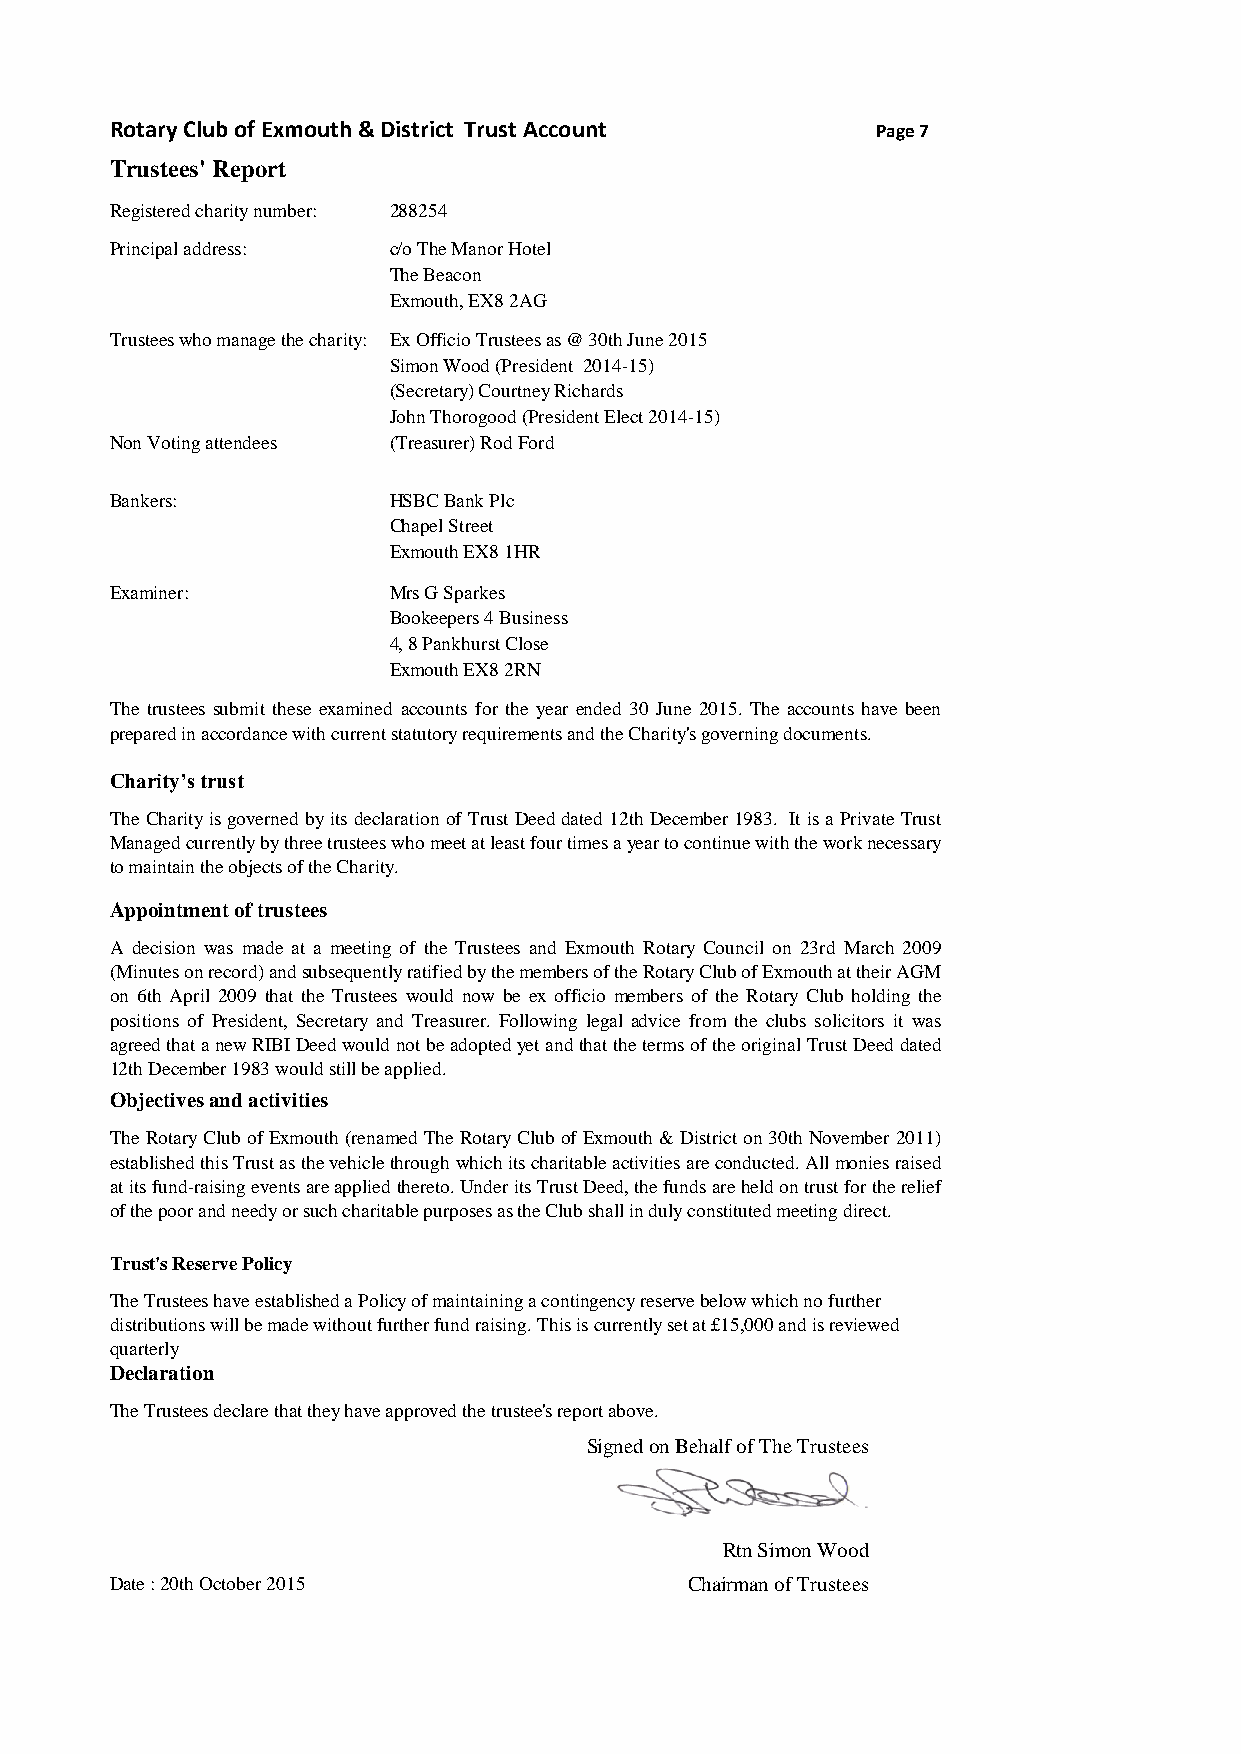
Rotary Club of Exmouth & District Trust Account    Page 7
 Trustees' Report
 Registered charity number: 288254
 Principal address: c/o The Manor Hotel
 The Beacon
 Exmouth, EX8 2AG
 Trustees who manage the charity: Ex Officio Trustees as @ 30th June 2015
 Simon Wood (President 2014-15)
 (Secretary) Courtney Richards
 John Thorogood (President Elect 2014-15)
 Non Voting attendees (Treasurer) Rod Ford
 Bankers:           HSBC Bank Plc
 Chapel Street
 Exmouth EX8 1HR
 Examiner:          Mrs G Sparkes
 Bookeepers 4 Business
 4, 8 Pankhurst Close
 Exmouth EX8 2RN
 The trustees submit these examined accounts for the year ended 30 June 2015. The accounts have been
 prepared in accordance with current statutory requirements and the Charity's governing documents.
 Charity’s trust
 TheCharityisgovernedbyitsdeclarationofTrustDeeddated12thDecember1983. ItisaPrivateTrust
 Managedcurrentlybythreetrusteeswhomeetatleastfourtimesayeartocontinuewiththeworknecessary
 to maintain the objects of the Charity.
 Appointment of trustees
 A decision was made at a meeting of the Trustees and Exmouth Rotary Council on 23rd March 2009
 (Minutesonrecord)andsubsequentlyratifiedbythemembersoftheRotaryClubofExmouthattheirAGM
 on 6th April 2009 that the Trustees would now be ex officio members of the Rotary Club holding the
 positions of President, Secretary and Treasurer. Following legal advice from the clubs solicitors it was
 agreedthatanewRIBIDeedwouldnotbeadoptedyetandthatthetermsoftheoriginalTrustDeeddated
 12th December 1983 would still be applied.
 Objectives and activities
 TheRotaryClubofExmouth(renamedTheRotaryClubofExmouth&Districton30thNovember2011)
 establishedthisTrustasthevehiclethroughwhichitscharitableactivitiesareconducted.Allmoniesraised
 atitsfund-raisingeventsareappliedthereto.UnderitsTrustDeed,thefundsareheldontrustfortherelief
 of the poor and needy or such charitable purposes as the Club shall in duly constituted meeting direct.
 Trust's Reserve Policy
 The Trustees have established a Policy of maintaining a contingency reserve below which no further
 distributions will be made without further fund raising. This is currently set at £15,000 and is reviewed
 quarterly
 Declaration
 The Trustees declare that they have approved the trustee's report above.
 Signed on Behalf of The Trustees
 Rtn Simon Wood
 Date : 20th October 2015               Chairman of Trustees